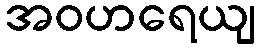
အဝဟရေယျ